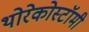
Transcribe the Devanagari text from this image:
थोरेकोस्टॉमी